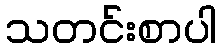
သတင်းစာပါ